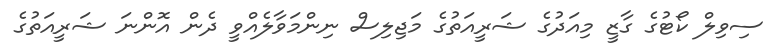
ސިވިލް ކޯޓުގެ ގާޒީ މިއަދުގެ ޝަރީއަތުގެ މަޖިލިސް ނިންމަވާލެއްވީ ދެން އޮންނަ ޝަރީއަތުގެ